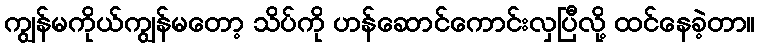
ကျွန်မကိုယ်ကျွန်မတော့ သိပ်ကို ဟန်ဆောင်ကောင်းလှပြီလို့ ထင်နေခဲ့တာ။